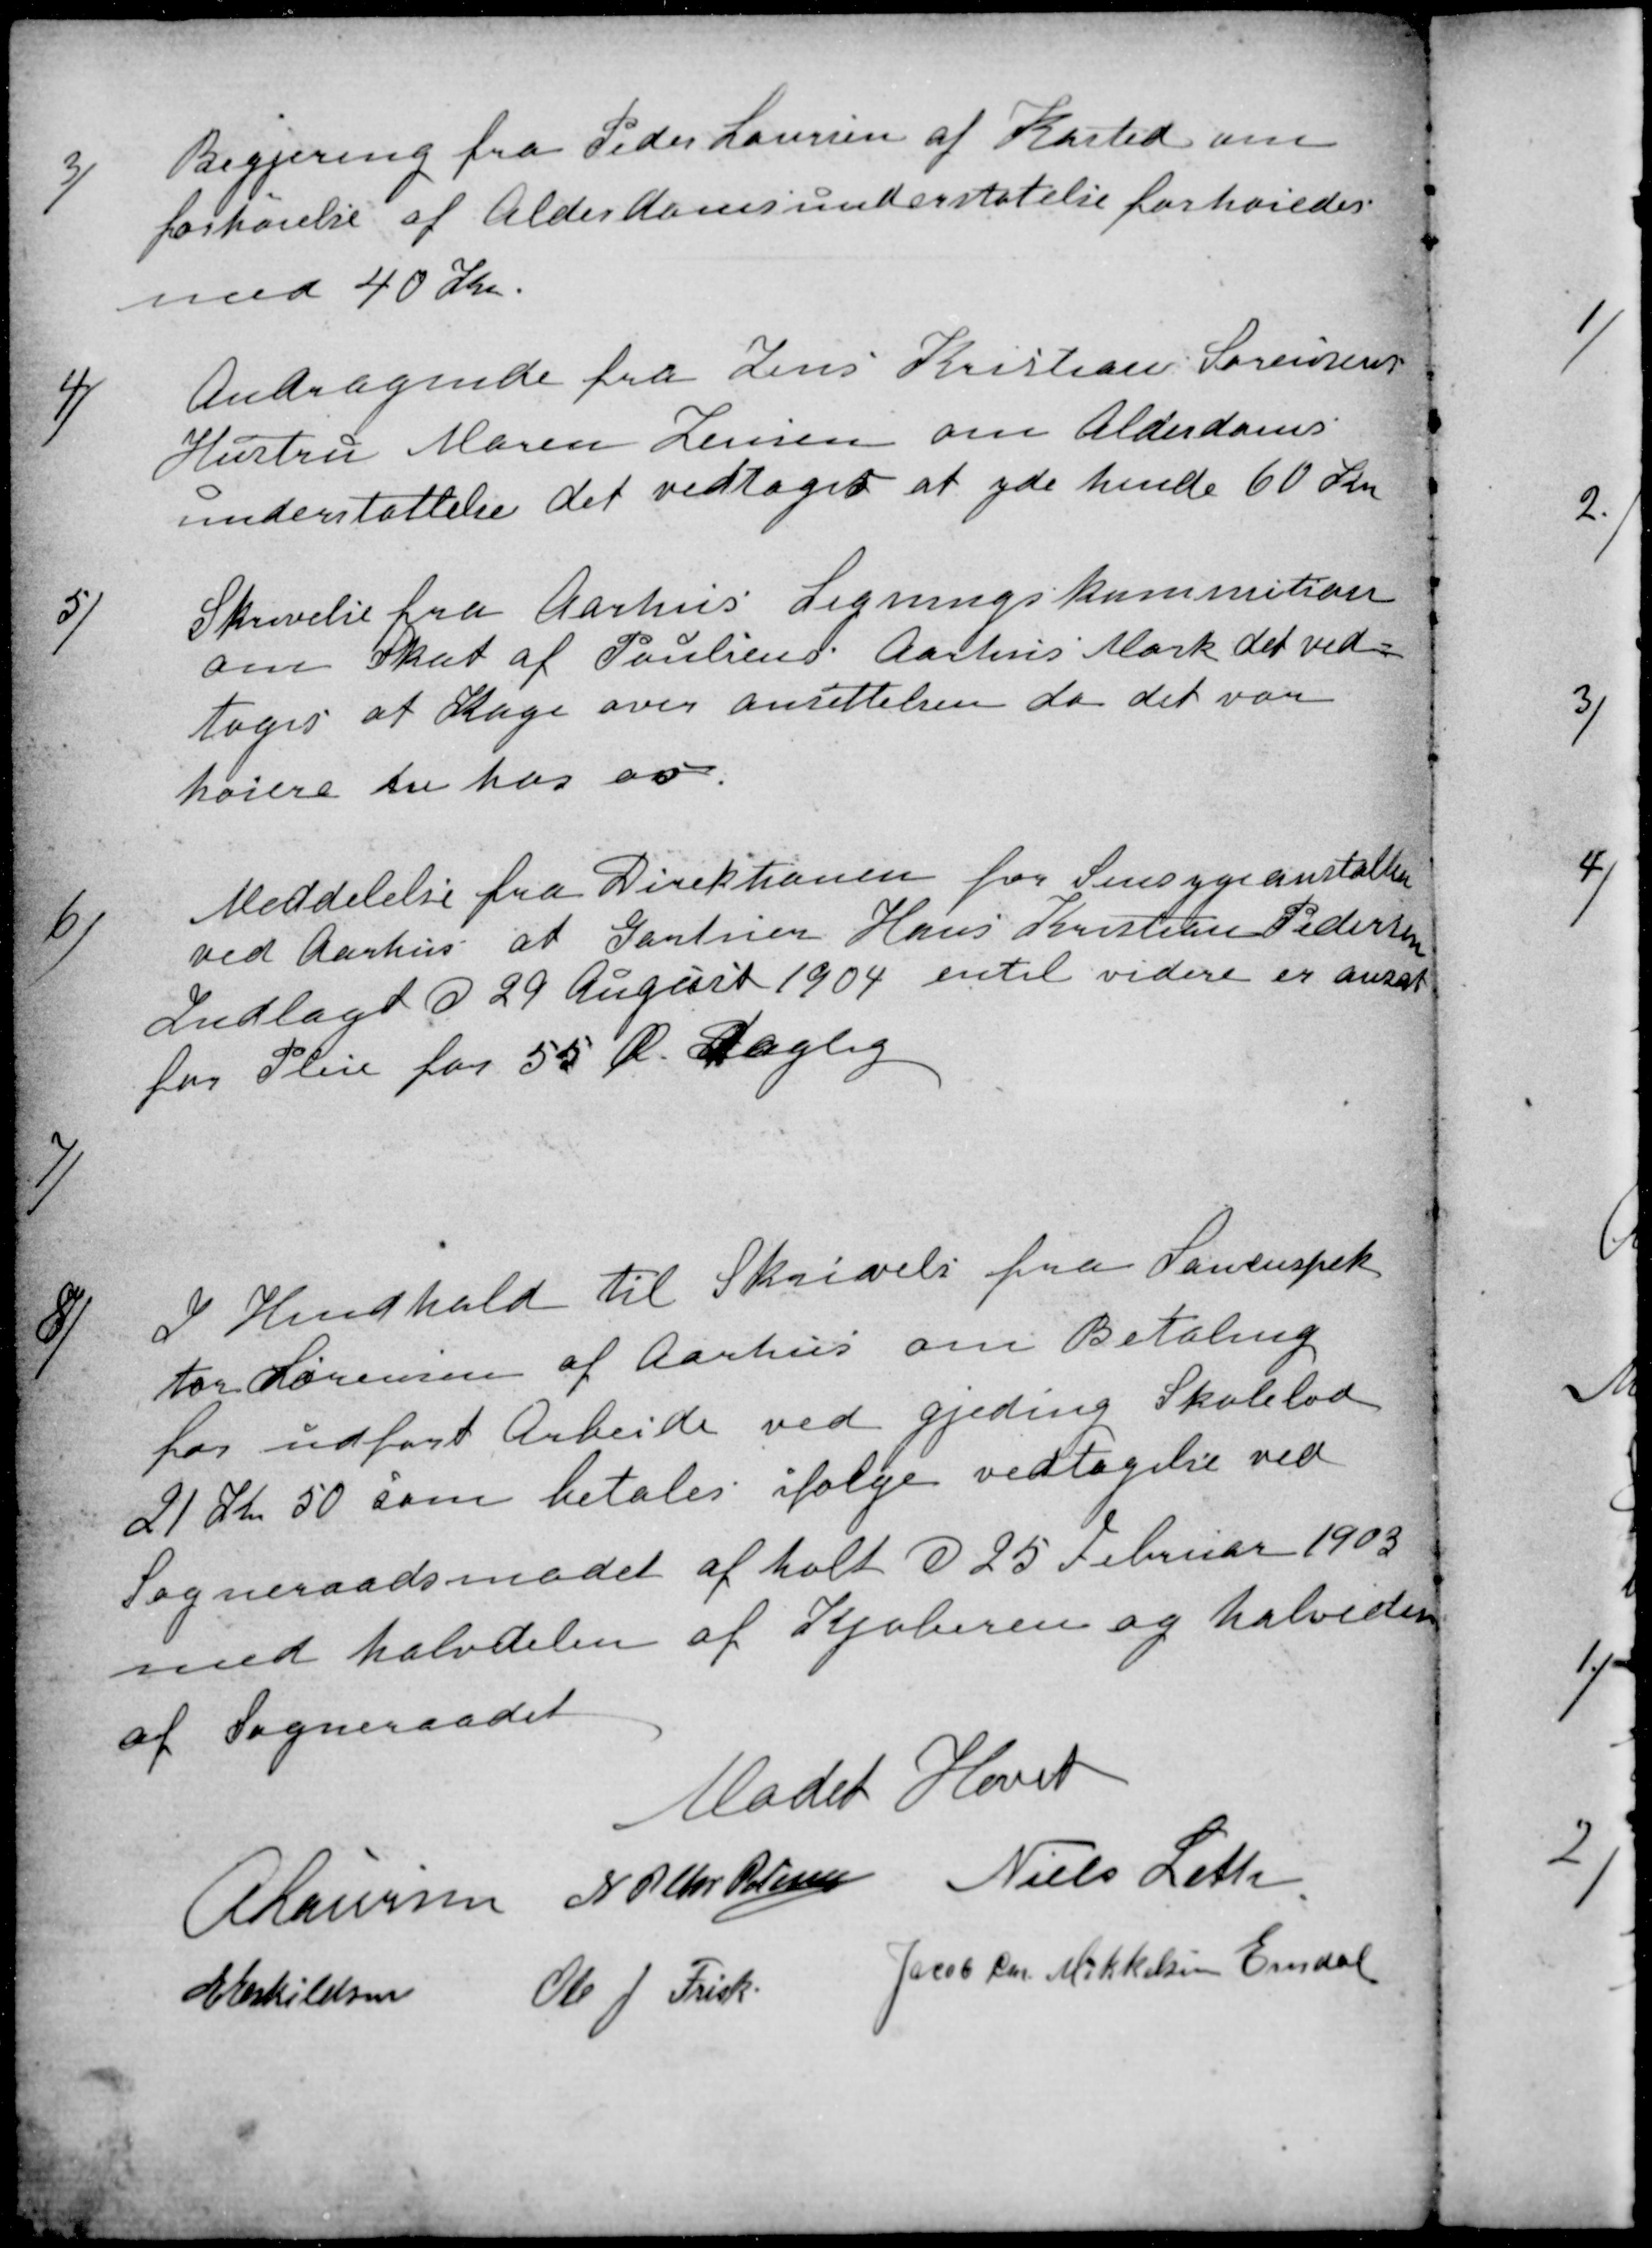
Transskription:
3
Begjering fra Peder Laursen af Kasted om
forhøielse af Alderdomsunderstøtelse forhøiedes
med 40 Kr.
4)
Andragende fra Jens Kristian Sørensens
Hustru Maren Jensen om Alderdoms
understøttelse det vedtoges at yde hende 60 Kr
5)
Skrivelse fra Aarhus Ligningskommition
om Skat af Poulsens Aarhus Mark det ved-
toges at Klage over ansættelsen da det var
høiere en hos os.
6)
Meddelelse fra Direktionen for Sinsygeanstalten
ved Aarhus at Gartner Hans Kristian Pedersen
Indlagt d 29 August 1904 entil videre er ansat
for Pleie for 55 Ø. Daglig
7)
8)
I Hendhold til Skrivelse fra Laninspek
tor Sørensen af Aarhus om Betaling
for udført Arbeide ved Gjeding Skolelod
21 Kr 50 som betales ifølge vedtagelse ved
Sogneraadsmødet afholt d 25 Februar 1903
med halvdelen af Kjøberen og halveden
af Sogneraadet
Mødet Hævet
A Laursen N P Chr Petersen Niels Leth
E Eskildsen Ole J. Frisk Jacob Chr Mikkelsen Emdal